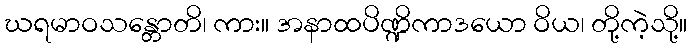
ဃရမာဝသန္တောတိ၊ ကား။ အနာထပိဏ္ဍိကာဒယော ဝိယ၊ တို့ကဲ့သို့။